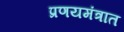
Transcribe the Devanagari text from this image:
प्रणयमंत्रात